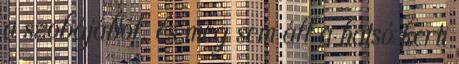
a szobájából, és meg sem áll a hátsó kerti